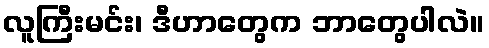
လူကြီးမင်း၊ ဒီဟာတွေက ဘာတွေပါလဲ။